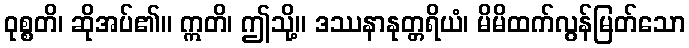
ဝုစ္စတိ၊ ဆိုအပ်၏။ ဣတိ၊ ဤသို့။ ဒဿနာနုတ္တရိယံ၊ မိမိထက်လွန်မြတ်သော